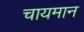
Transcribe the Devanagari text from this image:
चायमान